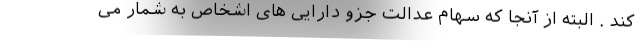
کند . البته از آنجا که سهام عدالت جزو دارایی های اشخاص به شمار می